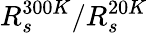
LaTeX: R_{s}^{300K}/R_{s}^{20K}